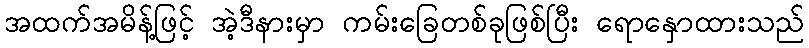
အထက်အမိန့်ဖြင့် အဲ့ဒီနားမှာ ကမ်းခြေတစ်ခုဖြစ်ပြီး ရောနှောထားသည်